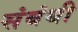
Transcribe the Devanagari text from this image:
संबंथी